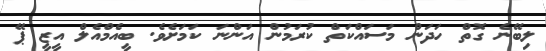
ލިބޭނެ ގޮތް ހަދަން މަސައްކަތް ކުރަމުން އަންނަ ކަމަށެވެ. ބީއެމްއެލް އީޒީ ޕޭ